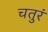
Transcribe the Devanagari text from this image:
चतुरं